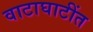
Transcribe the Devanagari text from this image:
वाटाघाटींत